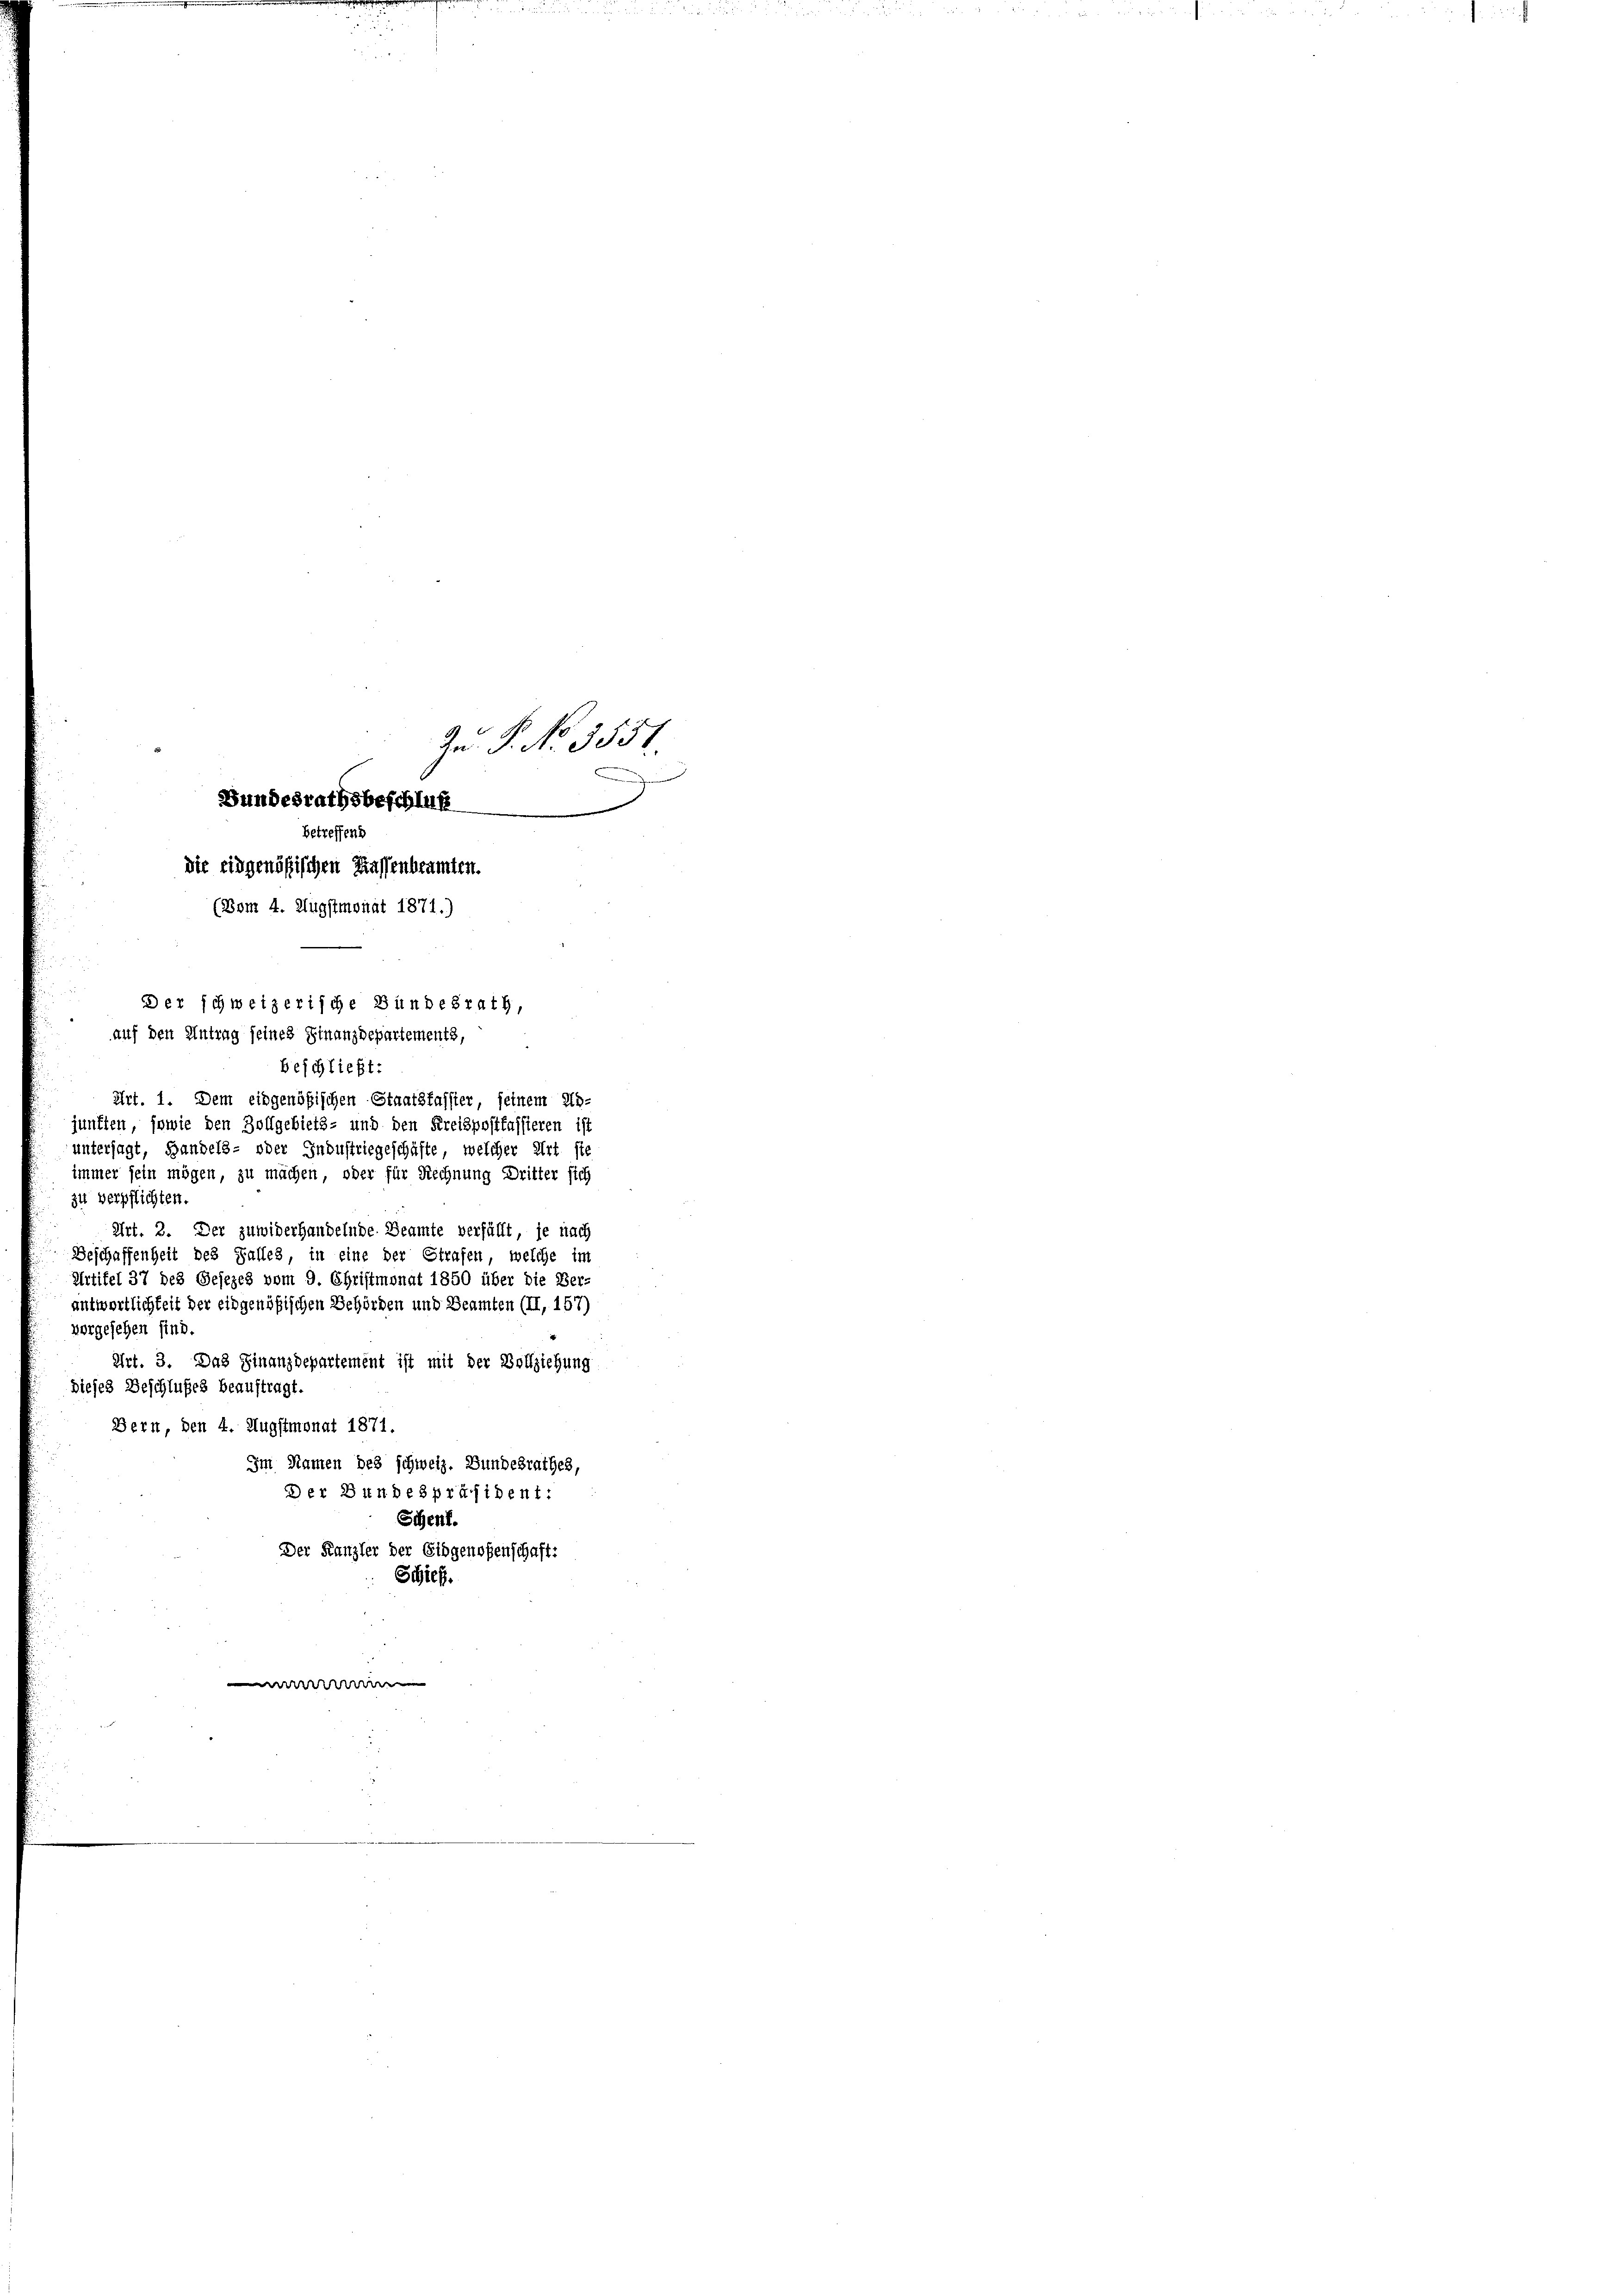
Art. 1. Dem eidgenößischen Staatsfasster seinem Ab-
junften, sowie den Zollgebiets- und den Kreispostkassieren ist
untersagt, Handels- oder Industriegeschäfte, welcher Art sie
immer sein mögen, zu machen, oder für Rechnung Dritter sich
zu verpflichten.
Art. 3. Der zuwiderhandelnde Beamte verfüllt, je nach
Beschaffenheit des Falles, in eine der Strafen, welche im
Artikel 37 des Gesezes vom 9. Christmonat 1850 über die Ver-
antwortlichkeit der eidgenößischen Behörden und Beamten (II, 157)
vorgesehen sind.
Art. 3. Das Finanzdepartement ist mit der Vollziehung
Dieses Beschlußes beauftragt.
Bern, den 4. Augstmonat 1871.
Im Namen des schweiz. Bundesrathes,
Der Bundespräsident:
Schenf.
Der Kanzler der Eidgenoßenschaft:
Schief
r

Bundesrathsbeschluß
betreffend
die eidgenößischen Kassenbeamten.
(Bom 4. Augstmonat 1871.)
Der schweizerische Bundesrath,
auf den Antrag seines Finanzdepartements,
beschließt:

Zn. F. No 3551.
.

ich